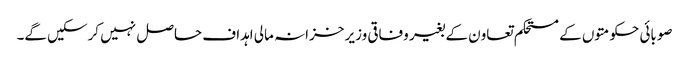
صوبائی حکومتوں کے مستحکم تعاون کے بغیر وفاقی وزیر خزانہ مالی اہداف حاصل نہیں کرسکیں گے۔